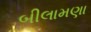
બીલામણા